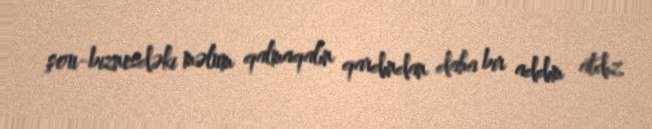
şou-biznesdəki məlum qalmaqalın qardından daha bir addım atdız.